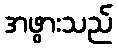
အဖွားသည်